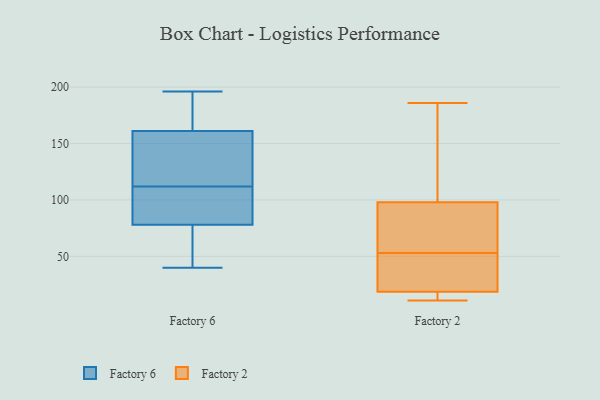
{"axis": {"x": "Energy Usage (MWh)", "y": "Value"}, "legend": ["Factory 2", "Factory 6"], "data": [{"x": "", "y": 89, "type": "Factory 6"}, {"x": "", "y": 63, "type": "Factory 6"}, {"x": "", "y": 196, "type": "Factory 6"}, {"x": "", "y": 40, "type": "Factory 6"}, {"x": "", "y": 103, "type": "Factory 6"}, {"x": "", "y": 123, "type": "Factory 6"}, {"x": "", "y": 134, "type": "Factory 6"}, {"x": "", "y": 161, "type": "Factory 6"}, {"x": "", "y": 78, "type": "Factory 6"}, {"x": "", "y": 111, "type": "Factory 6"}, {"x": "", "y": 193, "type": "Factory 6"}, {"x": "", "y": 188, "type": "Factory 6"}, {"x": "", "y": 113, "type": "Factory 6"}, {"x": "", "y": 42, "type": "Factory 6"}, {"x": "", "y": 21, "type": "Factory 2"}, {"x": "", "y": 62, "type": "Factory 2"}, {"x": "", "y": 83, "type": "Factory 2"}, {"x": "", "y": 45, "type": "Factory 2"}, {"x": "", "y": 158, "type": "Factory 2"}, {"x": "", "y": 168, "type": "Factory 2"}, {"x": "", "y": 79, "type": "Factory 2"}, {"x": "", "y": 53, "type": "Factory 2"}, {"x": "", "y": 12, "type": "Factory 2"}, {"x": "", "y": 17, "type": "Factory 2"}, {"x": "", "y": 11, "type": "Factory 2"}, {"x": "", "y": 103, "type": "Factory 2"}, {"x": "", "y": 18, "type": "Factory 2"}, {"x": "", "y": 186, "type": "Factory 2"}, {"x": "", "y": 28, "type": "Factory 2"}]}